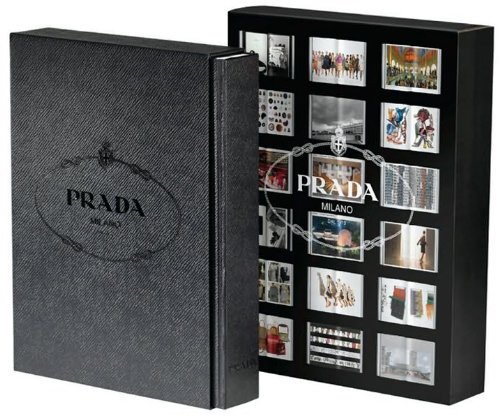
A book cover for Prada; Arts & Photography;